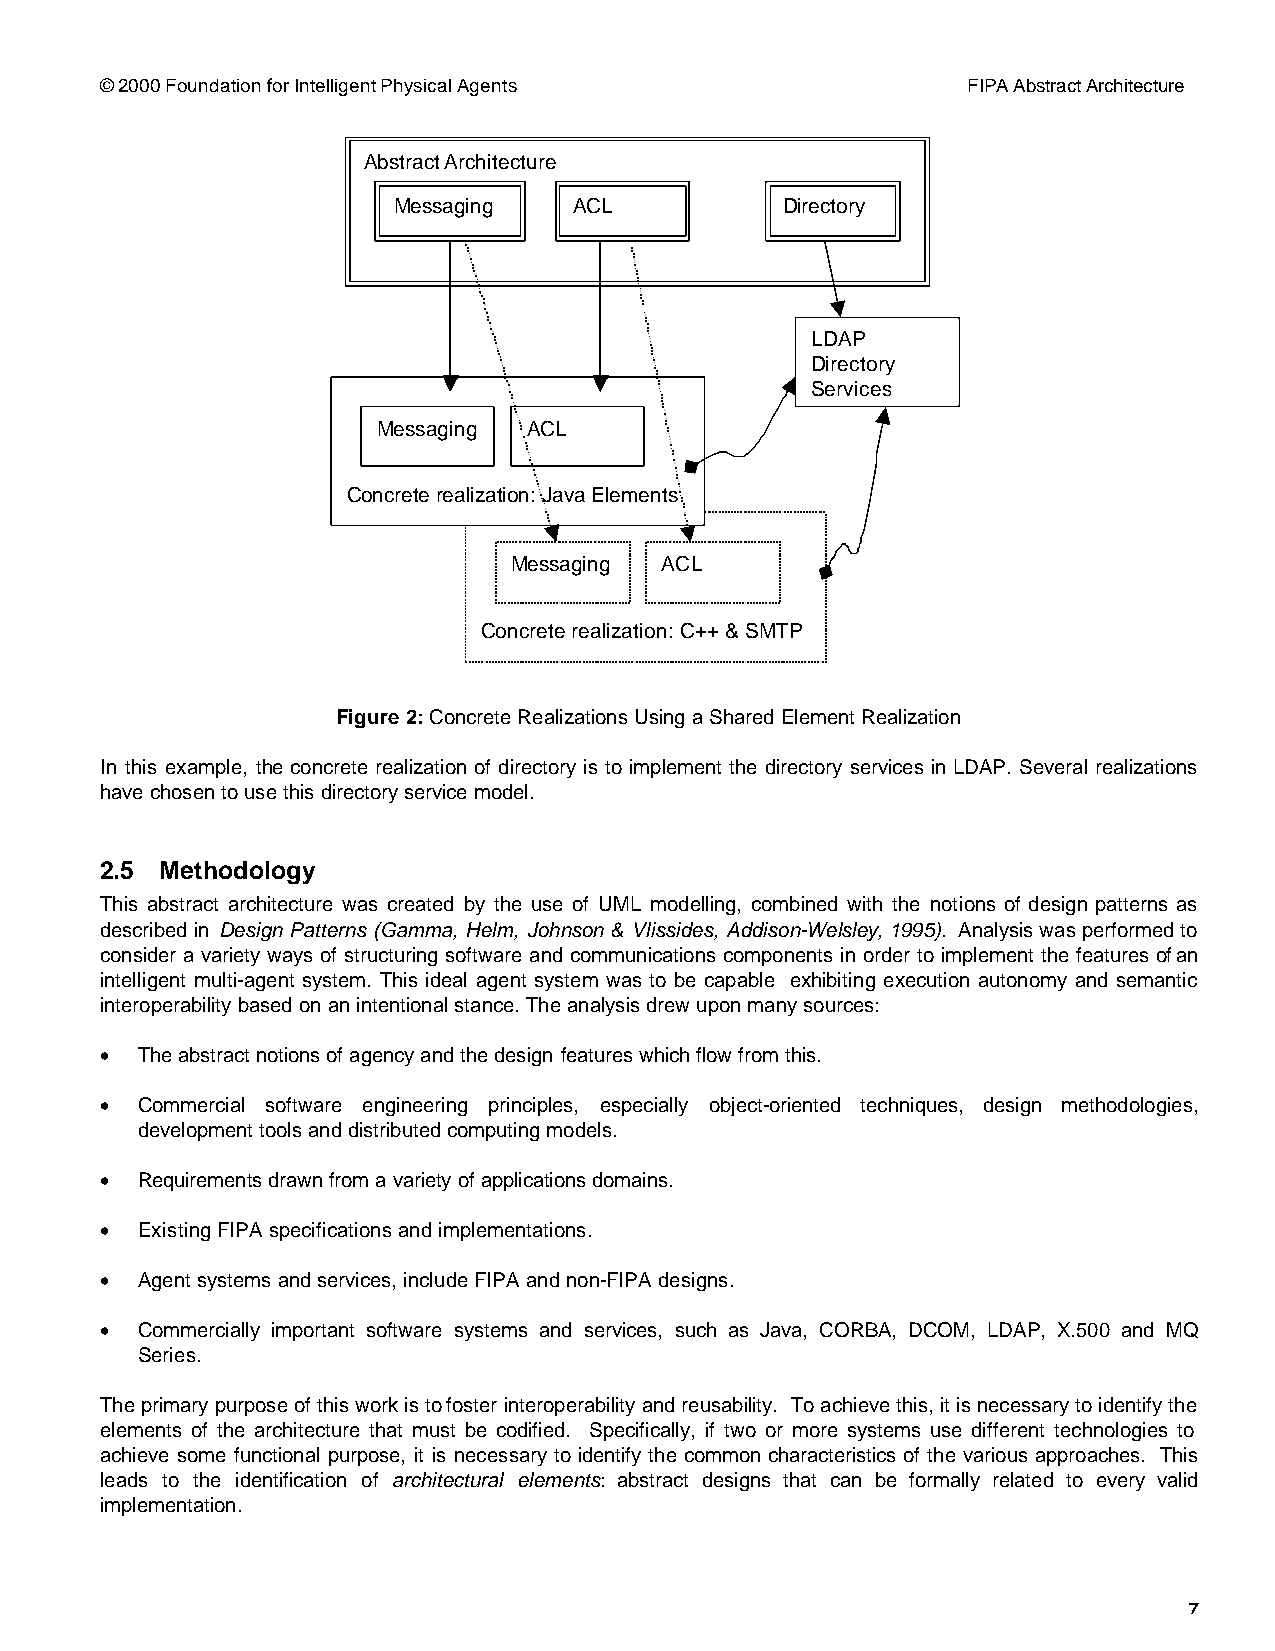
© 2000 Foundation for Intelligent Physical Agents        FIPA Abstract Architecture
 Abstract Architecture
 Messaging   ACL           Directory
 LDAP
 Directory
 Services
 Messaging ACL
 Concrete realization: Java Elements
 Messaging ACL
 Concrete realization: C++ & SMTP
 Figure 2: Concrete Realizations Using a Shared Element Realization
 In this example, the concrete realization of directory is to implement the directory services in LDAP. Several realizations
 have chosen to use this directory service model.
 2.5 Methodology
 This abstract architecture was created by the use of UML modelling, combined with the notions of design patterns as
 described in Design Patterns (Gamma, Helm, Johnson & Vlissides, Addison-Welsley, 1995). Analysis was performed to
 consider a variety ways of structuring software and communications components in order to implement the features of an
 intelligent multi-agent system. This ideal agent system was to be capable exhibiting execution autonomy and semantic
 interoperability based on an intentional stance. The analysis drew upon many sources:
 • The abstract notions of agency and the design features which flow from this.
 • Commercial software engineering principles, especially object-oriented techniques, design methodologies,
 development tools and distributed computing models.
 • Requirements drawn from a variety of applications domains.
 • Existing FIPA specifications and implementations.
 • Agent systems and services, include FIPA and non-FIPA designs.
 • Commercially important software systems and services, such as Java, CORBA, DCOM, LDAP, X.500 and MQ
 Series.
 The primary purpose of this work is to foster interoperability and reusability. To achieve this, it is necessary to identify the
 elements of the architecture that must be codified. Specifically, if two or more systems use different technologies to
 achieve some functional purpose, it is necessary to identify the common characteristics of the various approaches. This
 leads to the identification of architectural elements: abstract designs that can be formally related to every valid
 implementation.
 7